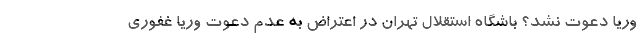
وریا دعوت نشد؟ باشگاه استقلال تهران در اعتراض به عدم دعوت وریا غفوری